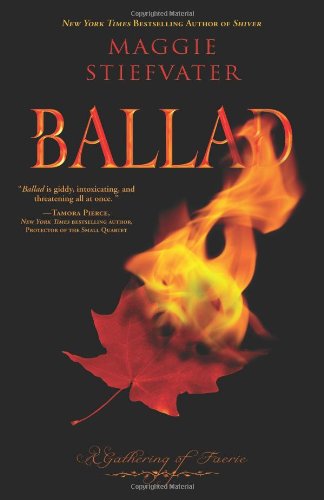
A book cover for Ballad: A Gathering of Faerie (A Lament Novel); Maggie Stiefvater; Teen & Young Adult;